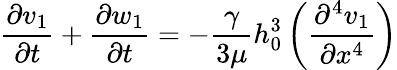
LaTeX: \frac{\partial v_{1}}{\partial t}+\frac{\partial w_{1}}{\partial t}=-\frac{\gamma}{3\mu}h_{0}^{3}\left(\frac{\partial^{4}v_{1}}{\partial x^{4}}\right)